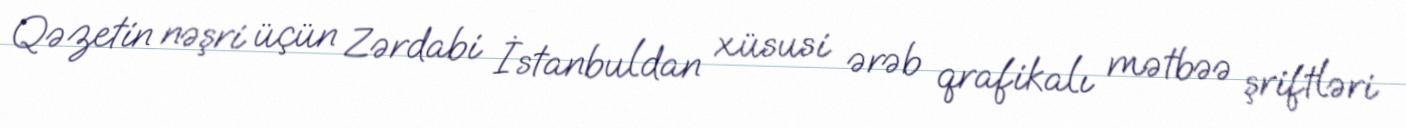
Qəzetin nəşri üçün Zərdabi İstanbuldan xüsusi ərəb qrafikalı mətbəə şriftləri